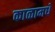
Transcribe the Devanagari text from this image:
काळामधे